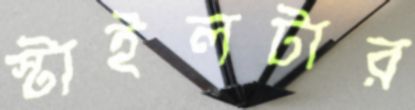
স্টাইলটার